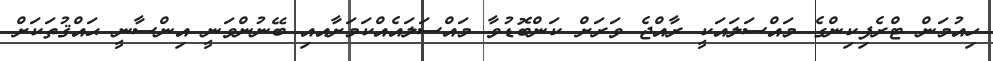
ހިއުމަން ޓްރެފިކިންގެ މައްސަލައަކީ ރާއްޖެ ވަރަށް ކަންބޮޑުވާ މައްސަލައެއްކަމަށާއއި ބޭނުންވަނީ އިންސާނީ ޙައްޤުތަކަށް